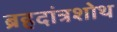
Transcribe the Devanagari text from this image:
ब्रहदांत्रशोथ